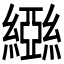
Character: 𬘃